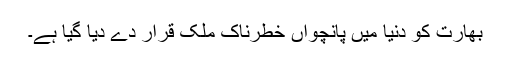
بھارت کو دنیا میں پانچواں خطرناک ملک قرار دے دیا گیا ہے۔